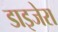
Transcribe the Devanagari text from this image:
डाइजेरा